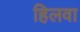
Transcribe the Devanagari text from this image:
हिलवा